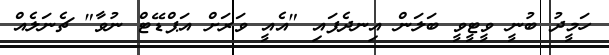
ހަމީދު ބުނީ ވީޓީވީ ބަލަން އިނދެފައި "އެއީ ވަރަށް އަޕްޑޭޓް ނުވާ" ޗެނަލެއް